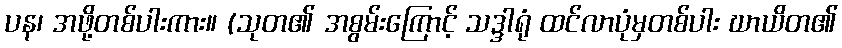
ပန၊ အဖို့တစ်ပါးကား။ (သုတ၏ အစွမ်းကြောင့် သဒ္ဒါရုံ ထင်လာပုံမှတစ်ပါး ဃာယိတ၏